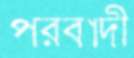
পরবাদী